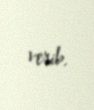
verib.